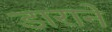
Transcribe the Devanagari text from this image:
डाराने